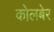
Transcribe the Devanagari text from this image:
कोलबेर